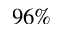
9 6 \%